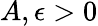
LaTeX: A,\epsilon>0